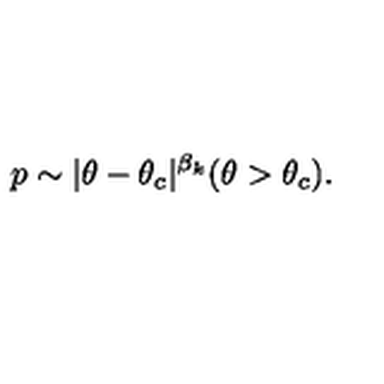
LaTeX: p \sim | \theta - \theta _ { c } | ^ { \beta _ { k } } ( \theta > \theta _ { c } ) .